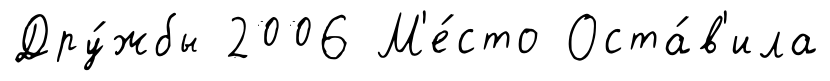
Дру́жбы 2006 М'е́сто Оста́в'ила